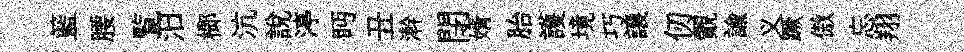
籃腰覧汨榔沆説渟眄丑澣閉婿胎護境巧譲仞覿諭义蹶傲忘翔